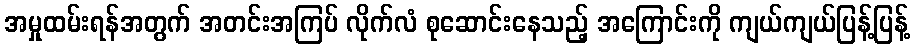
အမှုထမ်းရန်အတွက် အတင်းအကြပ် လိုက်လံ စုဆောင်းနေသည့် အကြောင်းကို ကျယ်ကျယ်ပြန့်ပြန့်